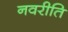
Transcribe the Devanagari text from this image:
नवरीति